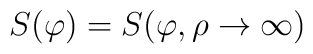
S(\varphi )=S(\varphi ,\rho \rightarrow \infty )